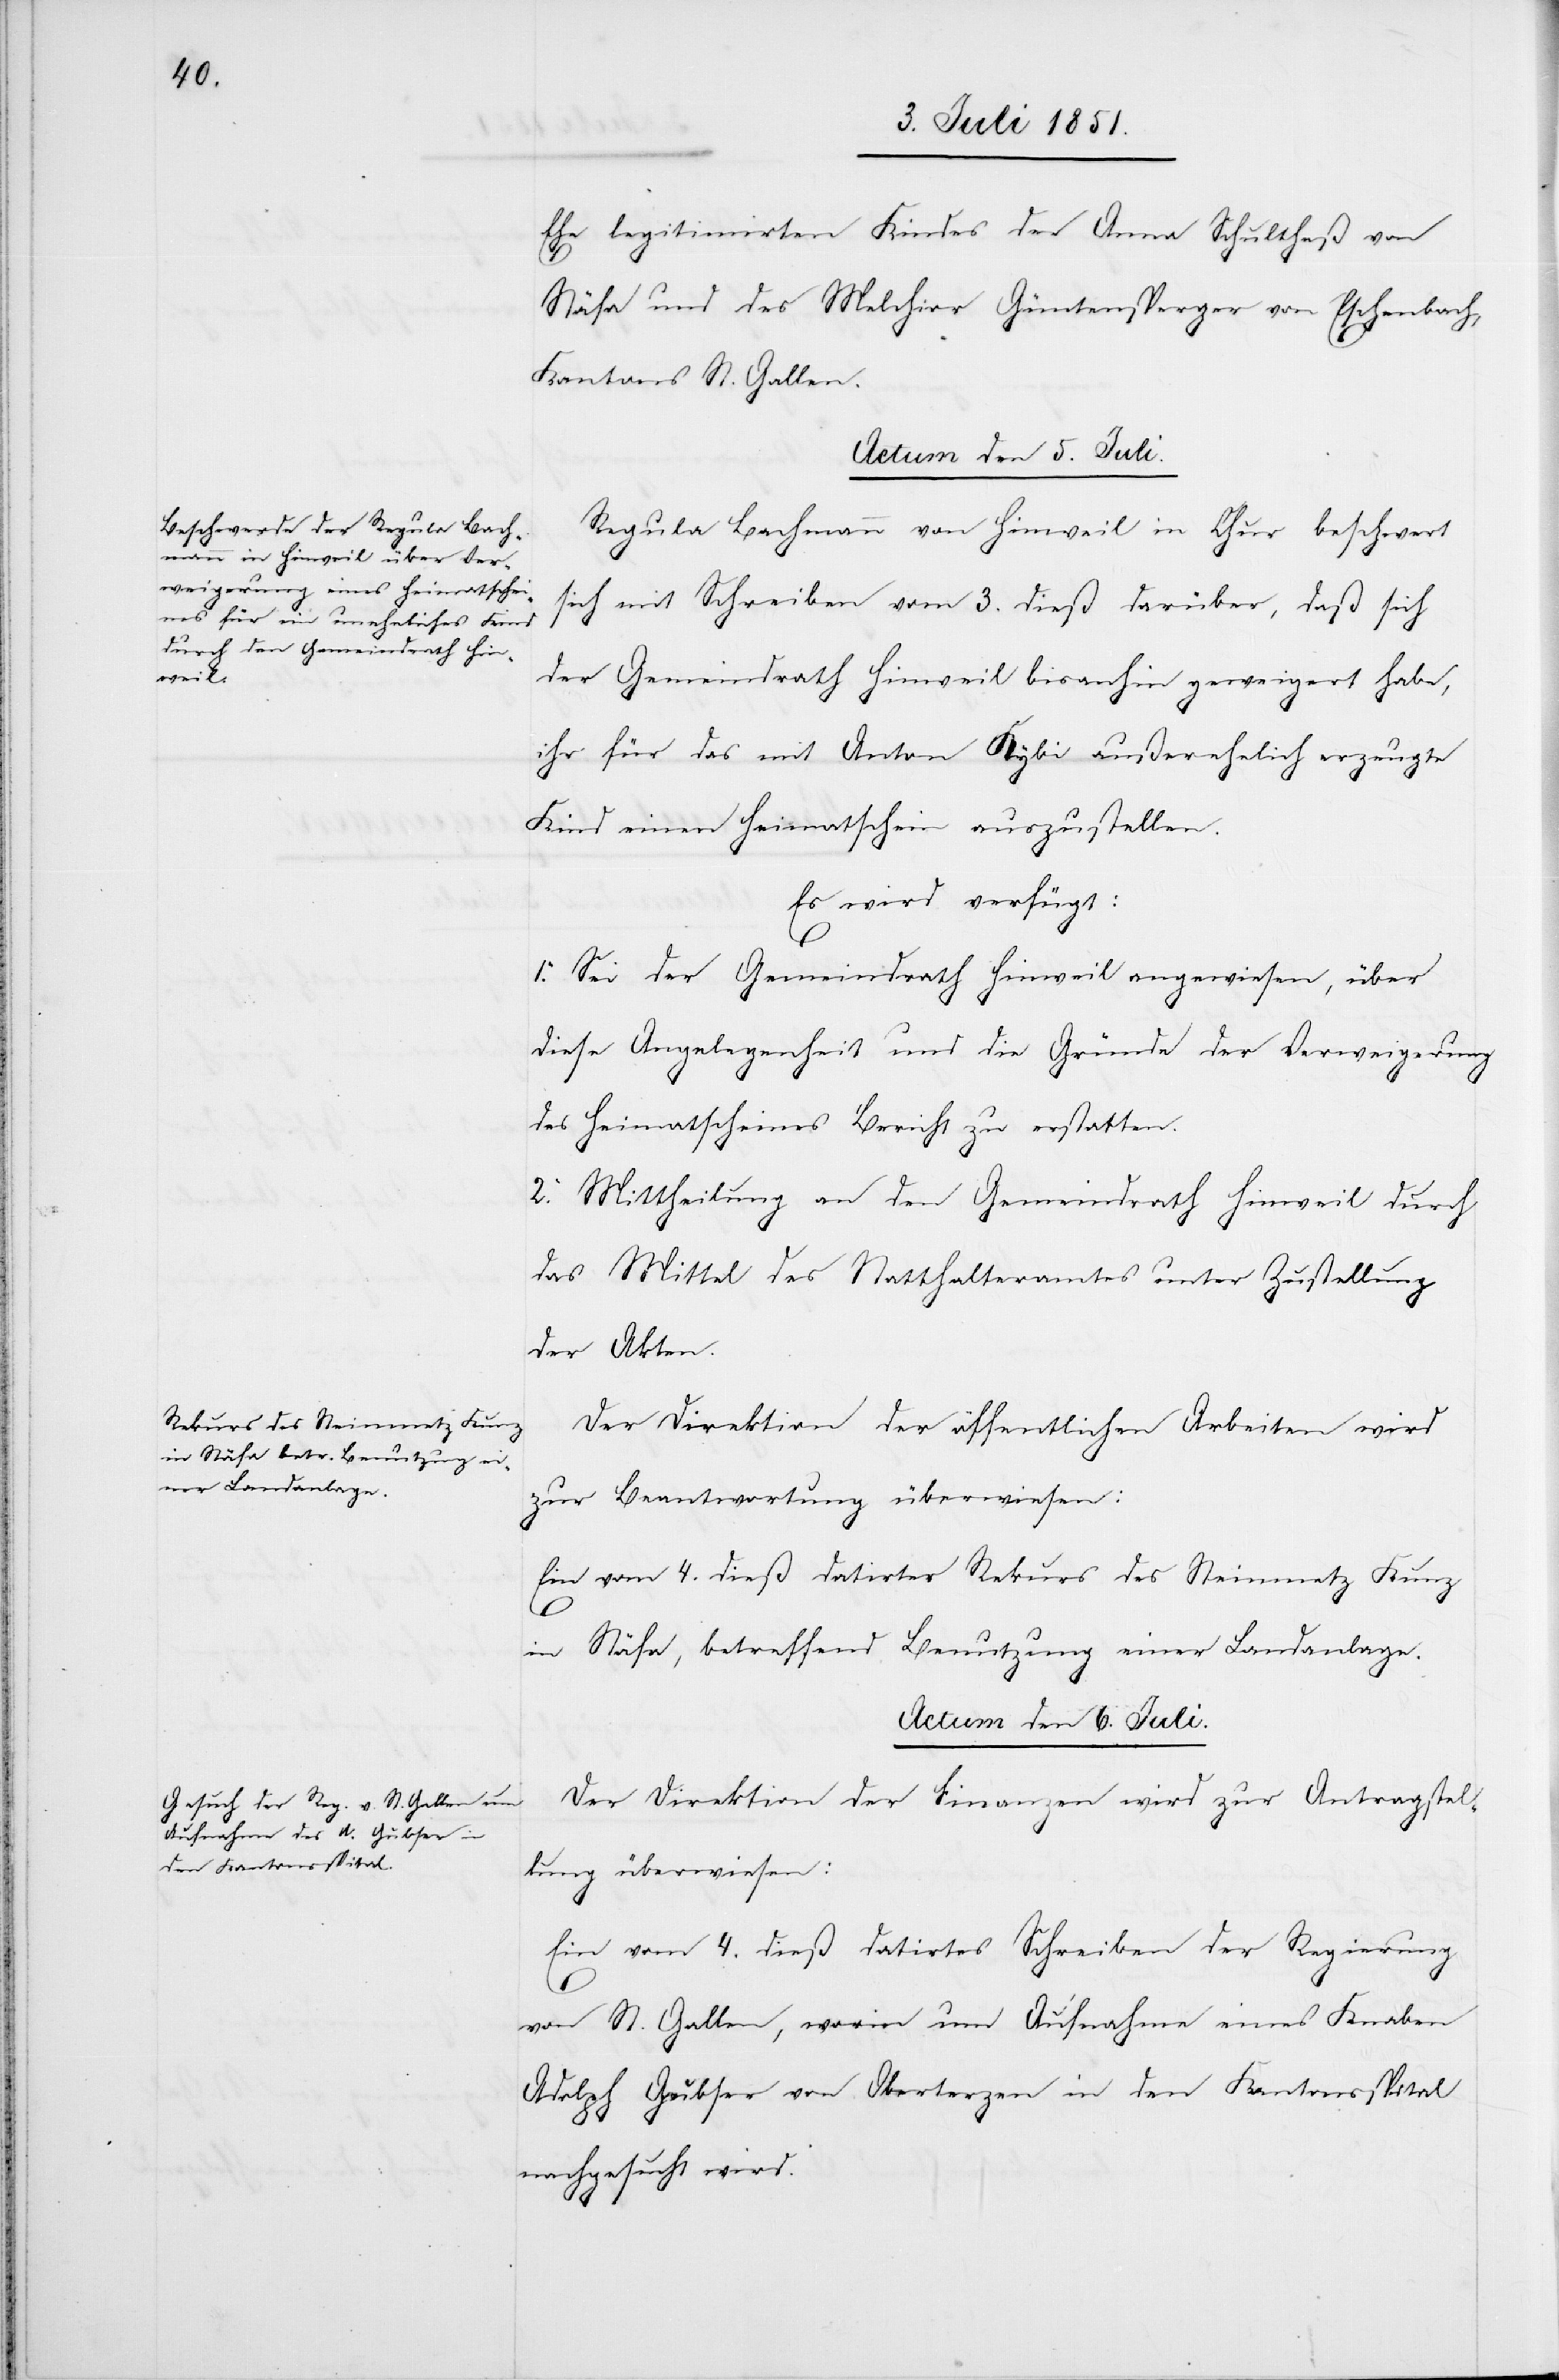
Ehe legitimirten Kindes der Anna Schultheß von
Stäfa und des Melchior Güntensperger von Eschenbach,
Kantons St. Gallen.
Actum den 5. Juli.]
Regula Bachmann von Hinweil in Chur beschwert
sich mit Schreiben vom 3. dieß darüber, daß sich
der Gemeindrath Hinweil bisanhin geweigert habe,
ihr für das mit Anton Kybi außerehelich erzeugte
Kind einen Heimatschein auszustellen.
Es wird verfügt:
1. Sei der Gemeindrath Hinweil angewiesen, über
diese Angelegenheit und die Gründe der Verweigerung
des Heimatscheines Bericht zu erstatten.
2. Mittheilung an den Gemeindrath Hinweil durch
das Mittel des Statthalteramtes unter Zustellung
der Akten.
Der Direktion der öffentlichen Arbeiten wird
zur Beantwortung überwiesen:
Ein vom 4. dieß datirter Rekurs des Steinmetz Kunz
in Stäfa, betreffend Benutzung einer Landanlage.
Actum den 6. Juli.
Der Direktion der Finanzen wird zur Antragstel¬
lung überwiesen:
Ein vom 4. dieß datirtes Schreiben der Regierung
von St. Gallen, worin um Aufnahme eines Knaben
Adolph Gubser von Oberterzen in den Kantonsspital
nachgesucht wird.